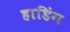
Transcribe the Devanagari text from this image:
हाडिंग